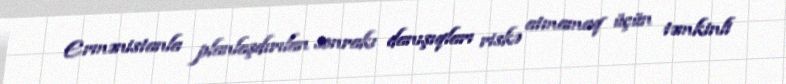
Ermənistanla planlaşdırılan sonrakı danışıqları riskə atmamaq üçün təmkinli